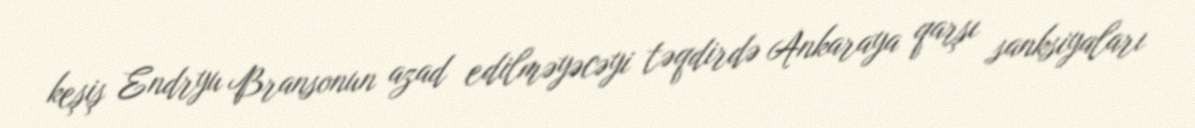
keşiş Endryu Bransonun azad edilməyəcəyi təqdirdə Ankaraya qarşı sanksiyaları